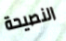
النصيحة